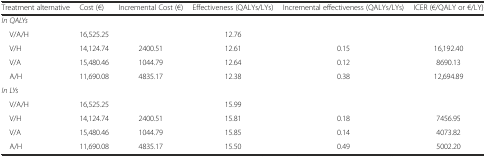
| Treatment alternative | Cost (€) | Incremental Cost (€) | Effectiveness (QALYs/LYs) | Incremental effectiveness (QALYs/LYs) | ICER (€/QALY or €/LY) |
 | --- | --- | --- | --- | --- | --- |
 | In QALYs |  |  |  |  |  |
 | V/A/H | 16,525.25 |  | 12.76 |  |  |
 | V/H | 14,124.74 | 2400.51 | 12.61 | 0.15 | 16,192.40 |
 | V/A | 15,480.46 | 1044.79 | 12.64 | 0.12 | 8690.13 |
 | A/H | 11,690.08 | 4835.17 | 12.38 | 0.38 | 12,694.89 |
 | In LYs |  |  |  |  |  |
 | V/A/H | 16,525.25 |  | 15.99 |  |  |
 | V/H | 14,124.74 | 2400.51 | 15.81 | 0.18 | 7456.95 |
 | V/A | 15,480.46 | 1044.79 | 15.85 | 0.14 | 4073.82 |
 | A/H | 11,690.08 | 4835.17 | 15.50 | 0.49 | 5002.20 |